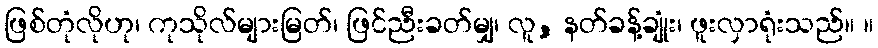
ဖြစ်တုံလိုဟု၊ ကုသိုလ်များမြတ်၊ ဖြင်ညီးခတ်မျှ၊ လူ, နတ်ခန့်ချုံး၊ ဖူးလှာရုံးသည်။ ။